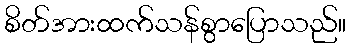
စိတ်အားထက်သန်စွာပြောသည်။